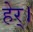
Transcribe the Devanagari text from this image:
हेर्।